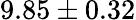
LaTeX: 9.85\pm 0.32